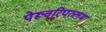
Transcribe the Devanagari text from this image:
पेरूवरिपल्लम